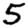
Digit: 5